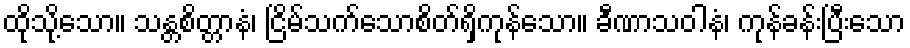
ထိုသို့သော။ သန္တစိတ္တာနံ၊ ငြိမ်သက်သောစိတ်ရှိကုန်သော။ ခီဏာသဝါနံ၊ ကုန်ခန်းပြီးသော